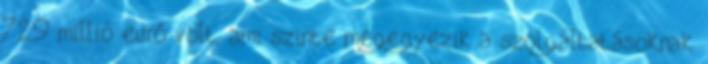
729 millió euró volt, ami szinte megegyezik a szolgáltatásoknak